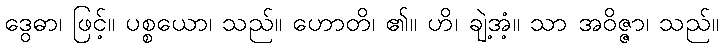
ဒွေဓာ၊ ဖြင့်။ ပစ္စယော၊ သည်။ ဟောတိ၊ ၏။ ဟိ၊ ချဲ့အံ့။ သာ အဝိဇ္ဇာ၊ သည်။